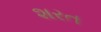
શરત